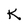
Character: K